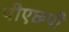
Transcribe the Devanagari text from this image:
पीएछ्पी